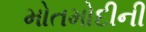
મોતમોદીની